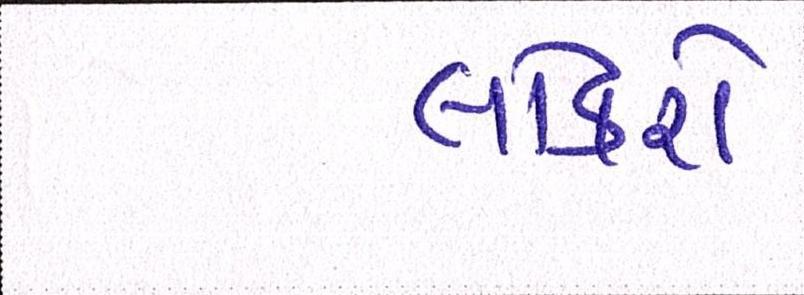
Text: લોકરો